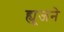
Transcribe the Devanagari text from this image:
ह्यूजने